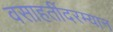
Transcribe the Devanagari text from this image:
वसाहतींदरम्यान